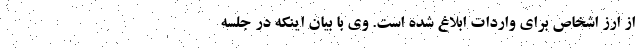
از ارز اشخاص برای واردات ابلاغ شده است. وی با بیان اینکه در جلسه